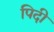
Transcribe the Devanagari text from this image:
पिदी